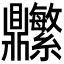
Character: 𬹬